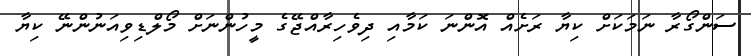
ސަންގޯރާ ނަމަކަށް ކިޔާ ރަށެއް އޮންނަ ކަމާއި ދިވެހިރާއްޖޭގެ މީހުންނަށް މޯލްޑިވިއަނުންނޭ ކިޔާ